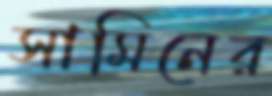
সামিনের